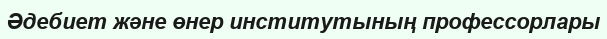
Әдебиет және өнер институтының профессорлары